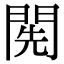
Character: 𨴐